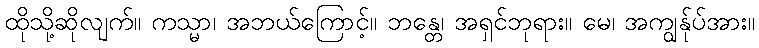
ထိုသို့ဆိုလျက်။ ကသ္မာ၊ အဘယ်ကြောင့်။ ဘန္တေ၊ အရှင်ဘုရား။ မေ၊ အကျွန်ုပ်အား။